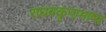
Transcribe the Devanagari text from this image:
राघवकृपाभाष्य